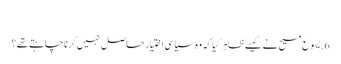
‏
6.‏ یسوع مسیح نے کیسے ظاہر کِیا کہ وہ سیاسی اِختیار حاصل نہیں کرنا چاہتے تھے؟